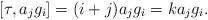
LaTeX: \begin{align*}[\tau ,a_{j}g_{i}]=(i+j)a_{j}g_{i}=ka_{j}g_{i}.\end{align*}